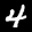
Label: 4